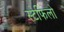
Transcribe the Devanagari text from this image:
स्टेफिलो